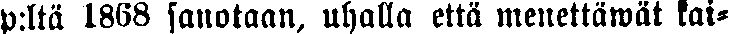
p:ltä 1868 sanotaan, uhalla että menettäwät kai-